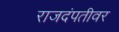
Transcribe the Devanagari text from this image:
राजदंपतीवर